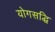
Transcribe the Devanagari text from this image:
योगसद्धि